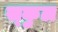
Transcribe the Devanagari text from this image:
स्‍कुल